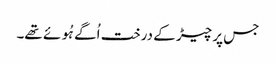
جس پر چیڑ کے درخت اُگے ہُوئے تھے۔